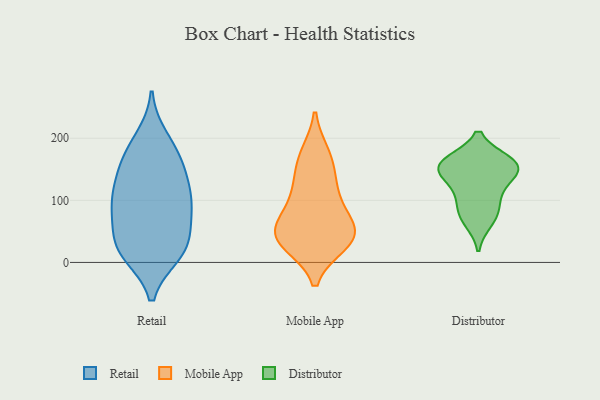
{"axis": {"x": "Shipments", "y": "Value"}, "legend": ["Distributor", "Mobile App", "Retail"], "data": [{"x": "", "y": 29, "type": "Retail"}, {"x": "", "y": 85, "type": "Retail"}, {"x": "", "y": 148, "type": "Retail"}, {"x": "", "y": 92, "type": "Retail"}, {"x": "", "y": 19, "type": "Retail"}, {"x": "", "y": 142, "type": "Retail"}, {"x": "", "y": 178, "type": "Retail"}, {"x": "", "y": 63, "type": "Retail"}, {"x": "", "y": 105, "type": "Retail"}, {"x": "", "y": 200, "type": "Retail"}, {"x": "", "y": 170, "type": "Retail"}, {"x": "", "y": 90, "type": "Retail"}, {"x": "", "y": 30, "type": "Retail"}, {"x": "", "y": 17, "type": "Retail"}, {"x": "", "y": 14, "type": "Retail"}, {"x": "", "y": 117, "type": "Retail"}, {"x": "", "y": 38, "type": "Mobile App"}, {"x": "", "y": 54, "type": "Mobile App"}, {"x": "", "y": 38, "type": "Mobile App"}, {"x": "", "y": 49, "type": "Mobile App"}, {"x": "", "y": 164, "type": "Mobile App"}, {"x": "", "y": 31, "type": "Mobile App"}, {"x": "", "y": 173, "type": "Mobile App"}, {"x": "", "y": 108, "type": "Mobile App"}, {"x": "", "y": 86, "type": "Mobile App"}, {"x": "", "y": 127, "type": "Mobile App"}, {"x": "", "y": 45, "type": "Mobile App"}, {"x": "", "y": 66, "type": "Distributor"}, {"x": "", "y": 110, "type": "Distributor"}, {"x": "", "y": 93, "type": "Distributor"}, {"x": "", "y": 162, "type": "Distributor"}, {"x": "", "y": 143, "type": "Distributor"}, {"x": "", "y": 162, "type": "Distributor"}, {"x": "", "y": 76, "type": "Distributor"}, {"x": "", "y": 154, "type": "Distributor"}, {"x": "", "y": 163, "type": "Distributor"}, {"x": "", "y": 132, "type": "Distributor"}, {"x": "", "y": 151, "type": "Distributor"}]}